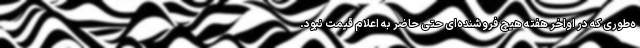
ه‌طوری که در اواخر هفته هیچ فروشنده‌ای حتی حاضر به اعلام قیمت نبود.